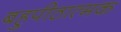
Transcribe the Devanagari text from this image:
बहुपीठात्मक